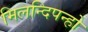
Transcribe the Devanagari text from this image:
मिलन्दिपन्हो